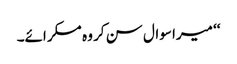
‘‘ میرا سوال سن کر وہ مسکرائے۔